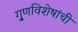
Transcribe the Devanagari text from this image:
गु्णविशेषांची